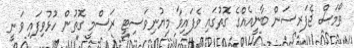
ތޯމަސް ޖެފަރސަން ބާނީއެއްގެ ގޮތުގައި ވެފައިވާ މިޔުނިވަސިޓީ ރަސްމީ ގޮތުން ހުޅުވިފައި ވަނީ